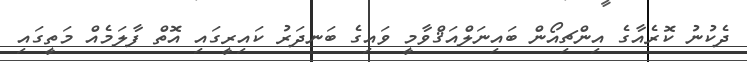
ދެކުނު ކޮރެއާގެ އިންޗިއޯން ބައިނަލްއަޤްވާމީ ވައިގެ ބަނދަރު ކައިރީގައި އޮތް ފާލަމެއް މަތީގައި